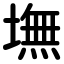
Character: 墲